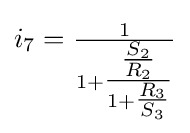
i_{7}={\tfrac {1}{1+{\tfrac {\tfrac {S_{2}}{R_{2}}}{1+{\tfrac {R_{3}}{S_{3}}}}}}}